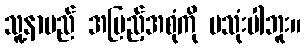
သူ့နာမည် အပြည့်အစုံကို မသုံးပါဘူး။